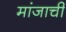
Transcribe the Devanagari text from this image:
मांजाची